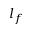
l _ { f }